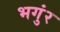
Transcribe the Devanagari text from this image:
भगुंर